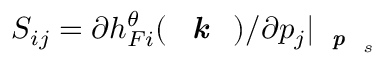
S _ { i j } = \partial h _ { F i } ^ { \theta } ( \textbf { \textit { k } } ) / \partial p _ { j } \vert _ { \textbf { \textit { p } } _ { s } }